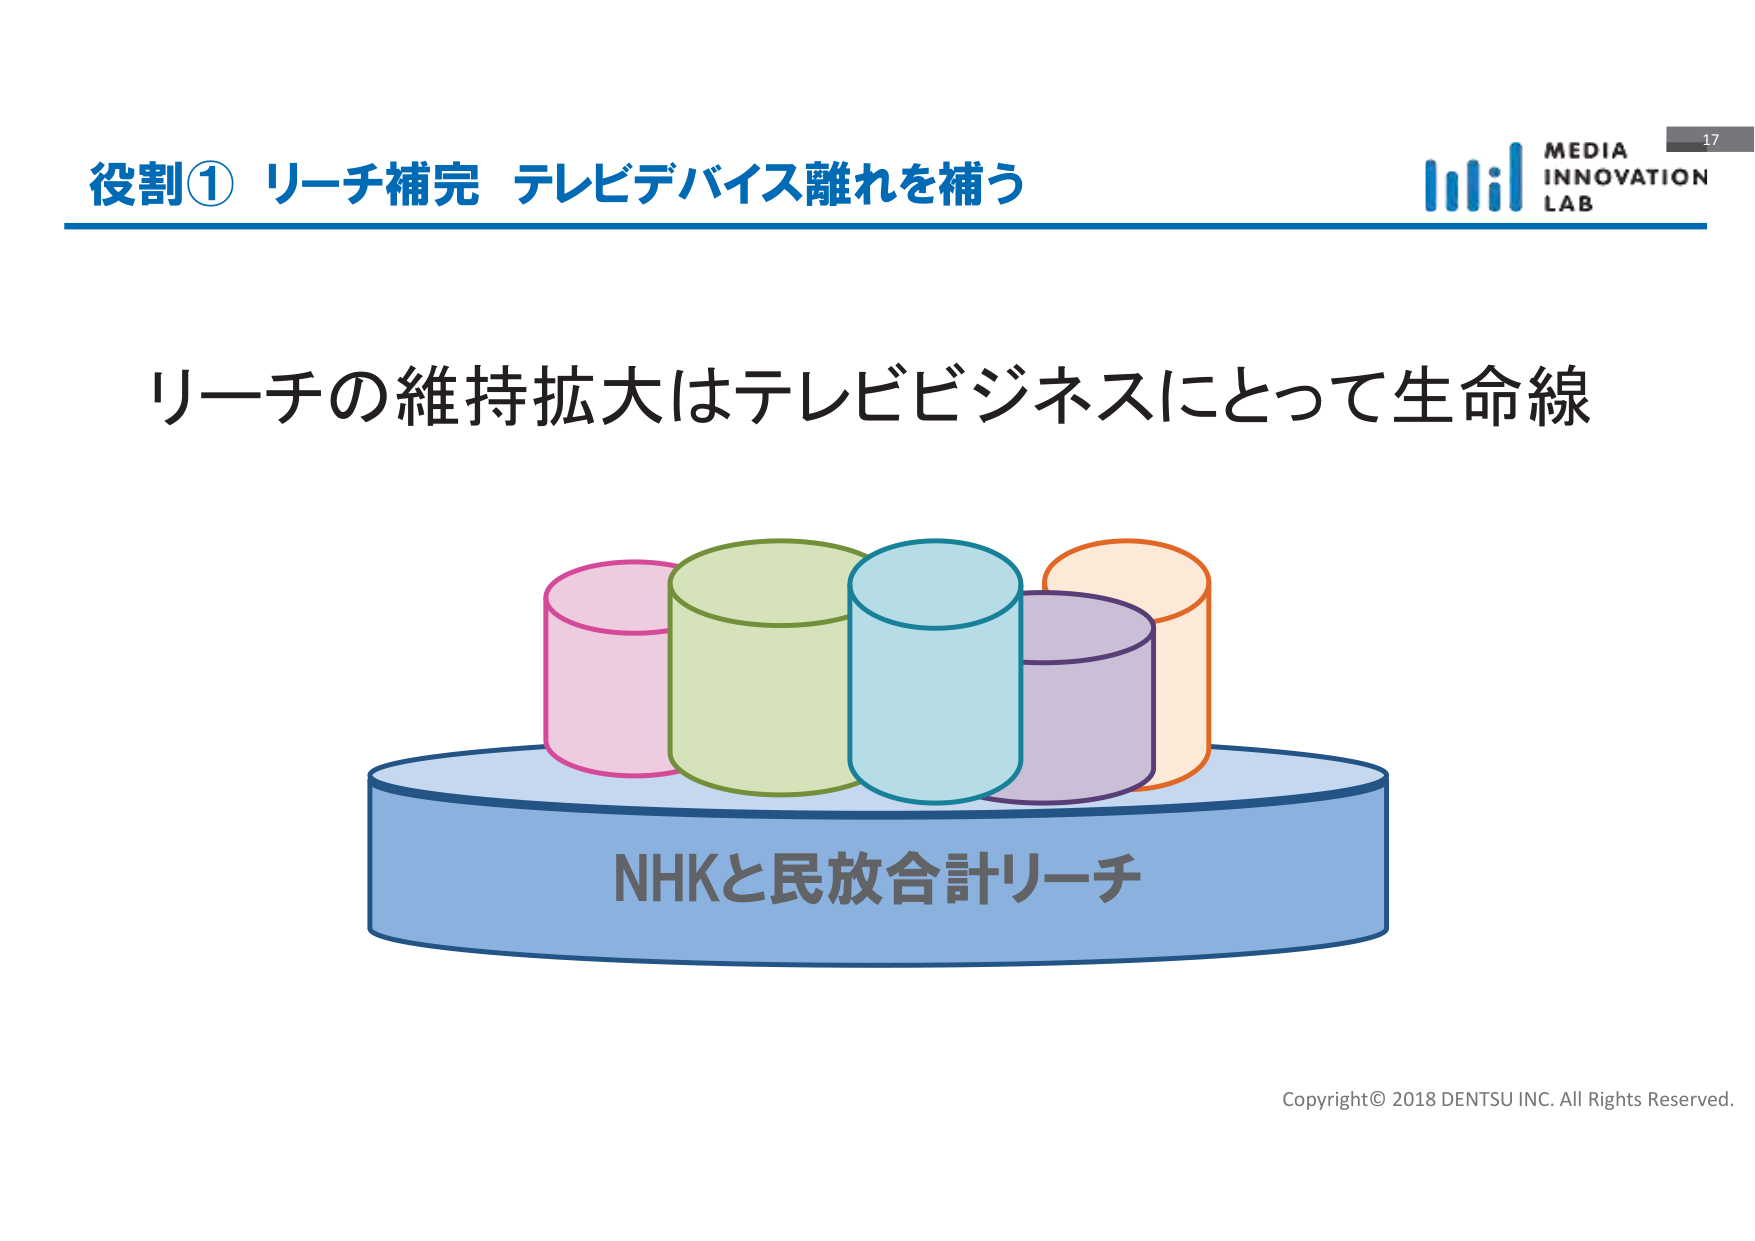
役割① リーチ補完 テレビデバイス離れを補う
リーチの維持拡大はテレビビジネスにとって生命線
NHKと民放合計リーチ
MEDIA
INNOVATION
LAB
17
Copyright© 2018 DENTSU INC. All Rights Reserved.